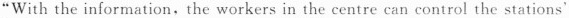
"With the information, the workersin the centre can control the stations'